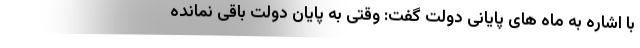
با اشاره به ماه های پایانی دولت گفت: وقتی به پایان دولت باقی نمانده